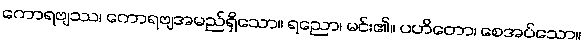
ကောရဗျဿ၊ ကောရဗျအမည်ရှိသော။ ရညော၊ မင်း၏။ ပဟိတော၊ စေအပ်သော။